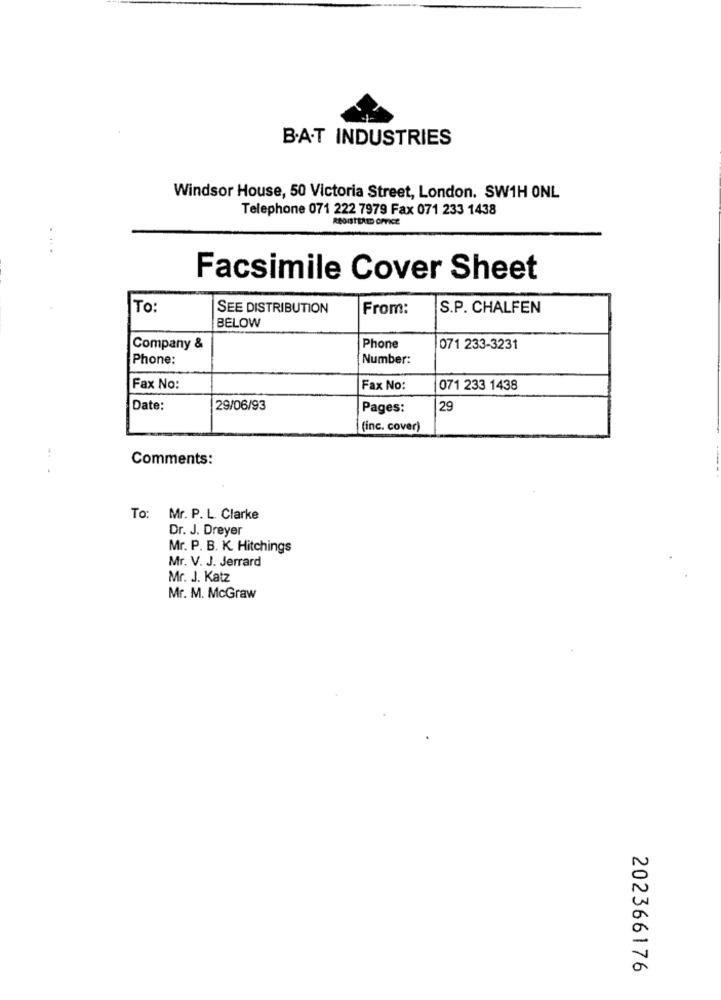
B.A.T INDUSTRIES
Windsor House, 50 Victoria Street, London. SW1H ONL
Telephone 071 222 7979 Fax 071 233 1438
Facsimile Cover Sheet
To:
SEE DISTRIBUTION
From:
S.P. CHALFEN
BELOW
Company &
Phone
071 233-3231
Phone:
Number:
Fax No:
Fax No:
071 233 1438
Date:
29/06/93
Pages:
29
(inc. cover)
Comments:
To: Mr. P. L. Clarke
Dr. J. Dreyer
Mr. P. B. K. Hitchings
Mr. V. J. Jerrard
Mr. J. Katz
Mr. M. McGraw
202366176